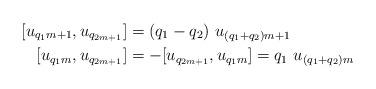
LaTeX: \begin{align*} [ u_{q_1m+1}, u_{q_{2m+1}}] & = (q_1-q_2) \ u_{(q_1+q_2)m+1} \\{[} u_{ q_1m }, u_{ q_{ 2m+1 } } {]} & = -{[} u_{ q_{ 2m+1 } }, u_{ q_1m } {]} = q_1 \ u_{ (q_1+q_2)m }\end{align*}